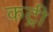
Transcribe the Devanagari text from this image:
कट्री